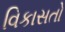
વિકાસતો